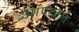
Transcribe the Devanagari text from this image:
आपटतात